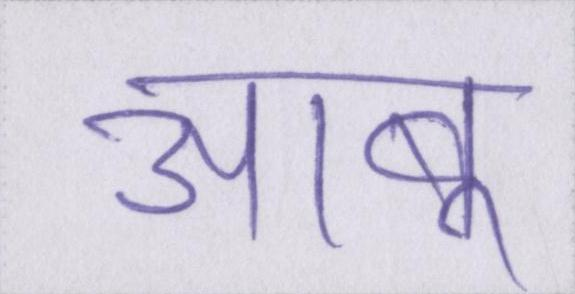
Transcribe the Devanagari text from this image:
आबू